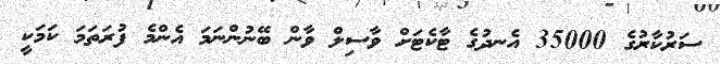
ސަރުކާރުގެ 35000 އެނދުގެ ޓާކެޓަށް ވާސިލް ވާން ބޭނުންނަމަ އެންމެ ފުރަތަމަ ކަމަކީ